Code of medical and sanitary regulations for the guidance of medical officers serving in the Madras Presidency - Volume I
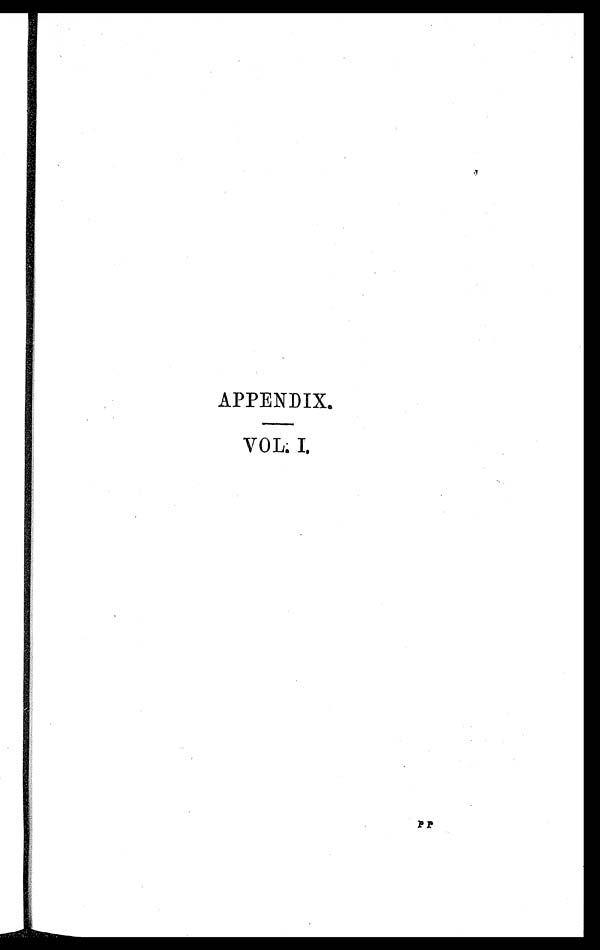
APPENDIX.
—
VOL. I.
P P